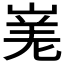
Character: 𭖾